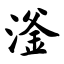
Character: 滏